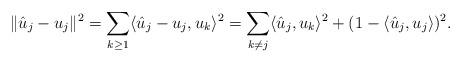
LaTeX: \begin{align*}\|\hat u_j-u_j\|^2=\sum_{k\geq 1}\langle \hat u_j-u_j,u_k\rangle^2=\sum_{k\neq j}\langle \hat u_j,u_k\rangle^2+(1-\langle \hat u_j,u_j\rangle)^2.\end{align*}